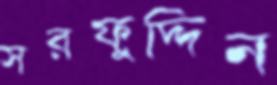
সরফুদ্দিন